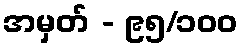
အမှတ် - ၉၅/၁၀၀